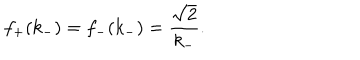
f _ { + } ( k _ { - } ) = f _ { - } ( k _ { - } ) = { \frac { \sqrt { 2 } } { k _ { - } } } .